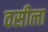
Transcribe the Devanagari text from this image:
वसीला